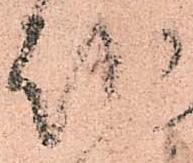
越